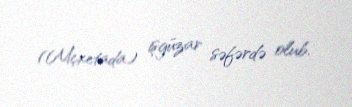
(Mçxetada) işgüzar səfərdə olub.